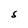
Character: S